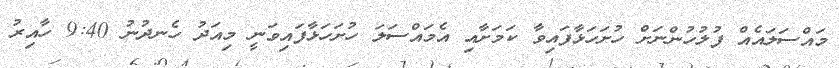
މައްސަލައެއް ފުލުހުންނަށް ހުށަހަޅާފައިވާ ކަމަށާއި އެމައްސަލަ ހުށަހަޅާފައިވަނީ މިއަދު ހެނދުނު 9:40 ހާއިރު